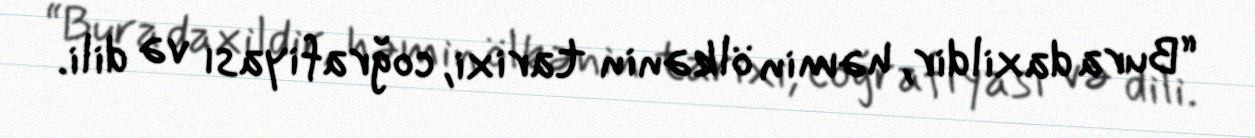
“Bura daxildir, həmin ölkənin tarixi, coğrafiyası və dili.